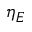
\eta _ { E }